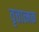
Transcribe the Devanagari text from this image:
वृत्तात्मक